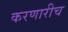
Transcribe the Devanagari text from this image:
करणारीच